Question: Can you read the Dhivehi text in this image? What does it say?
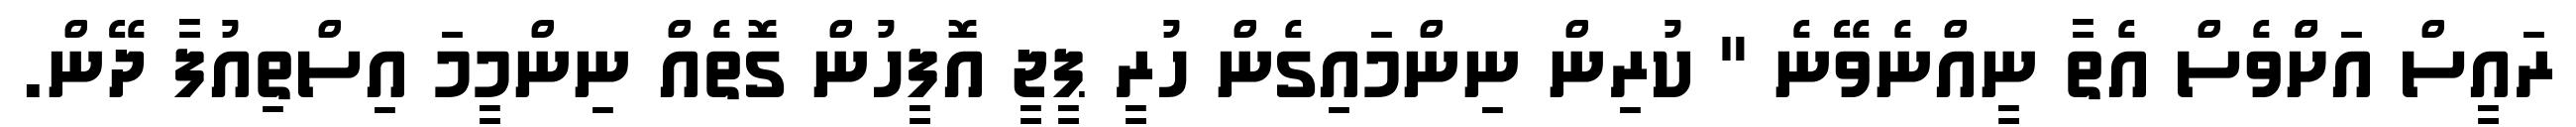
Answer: ރައީސް އަށްްވެސް އެތާ ނީއްނެވޭނެ " ކުރިން ނިންމައިގެން ހުރީ ޕީޖީ އޮފީހުން ގޮތެއް ނިންމީމަ އިސްތިއުފާ ދޭން.